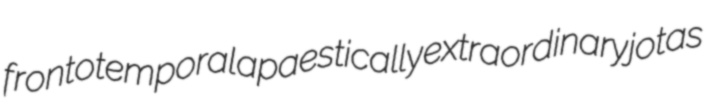
frontotemporal apaestically extraordinary jotas